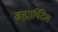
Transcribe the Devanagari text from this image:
ब्रह्मार्षिदेश